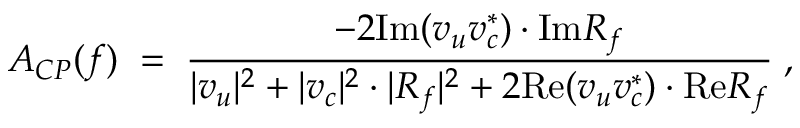
{ \cal A } _ { C P } ( f ) \; = \; \frac { - 2 \mathrm { I m } ( v _ { u } v _ { c } ^ { * } ) \cdot \mathrm { I m } R _ { f } } { | v _ { u } | ^ { 2 } + | v _ { c } | ^ { 2 } \cdot | R _ { f } | ^ { 2 } + 2 \mathrm { R e } ( v _ { u } v _ { c } ^ { * } ) \cdot \mathrm { R e } R _ { f } } \; ,